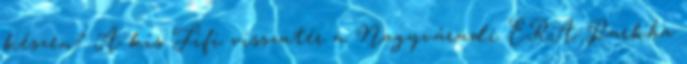
készen? A kis Fifi visszatér a Nagyváradi ERA Parkba